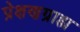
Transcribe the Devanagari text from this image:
प्रेक्षणग्राह्य